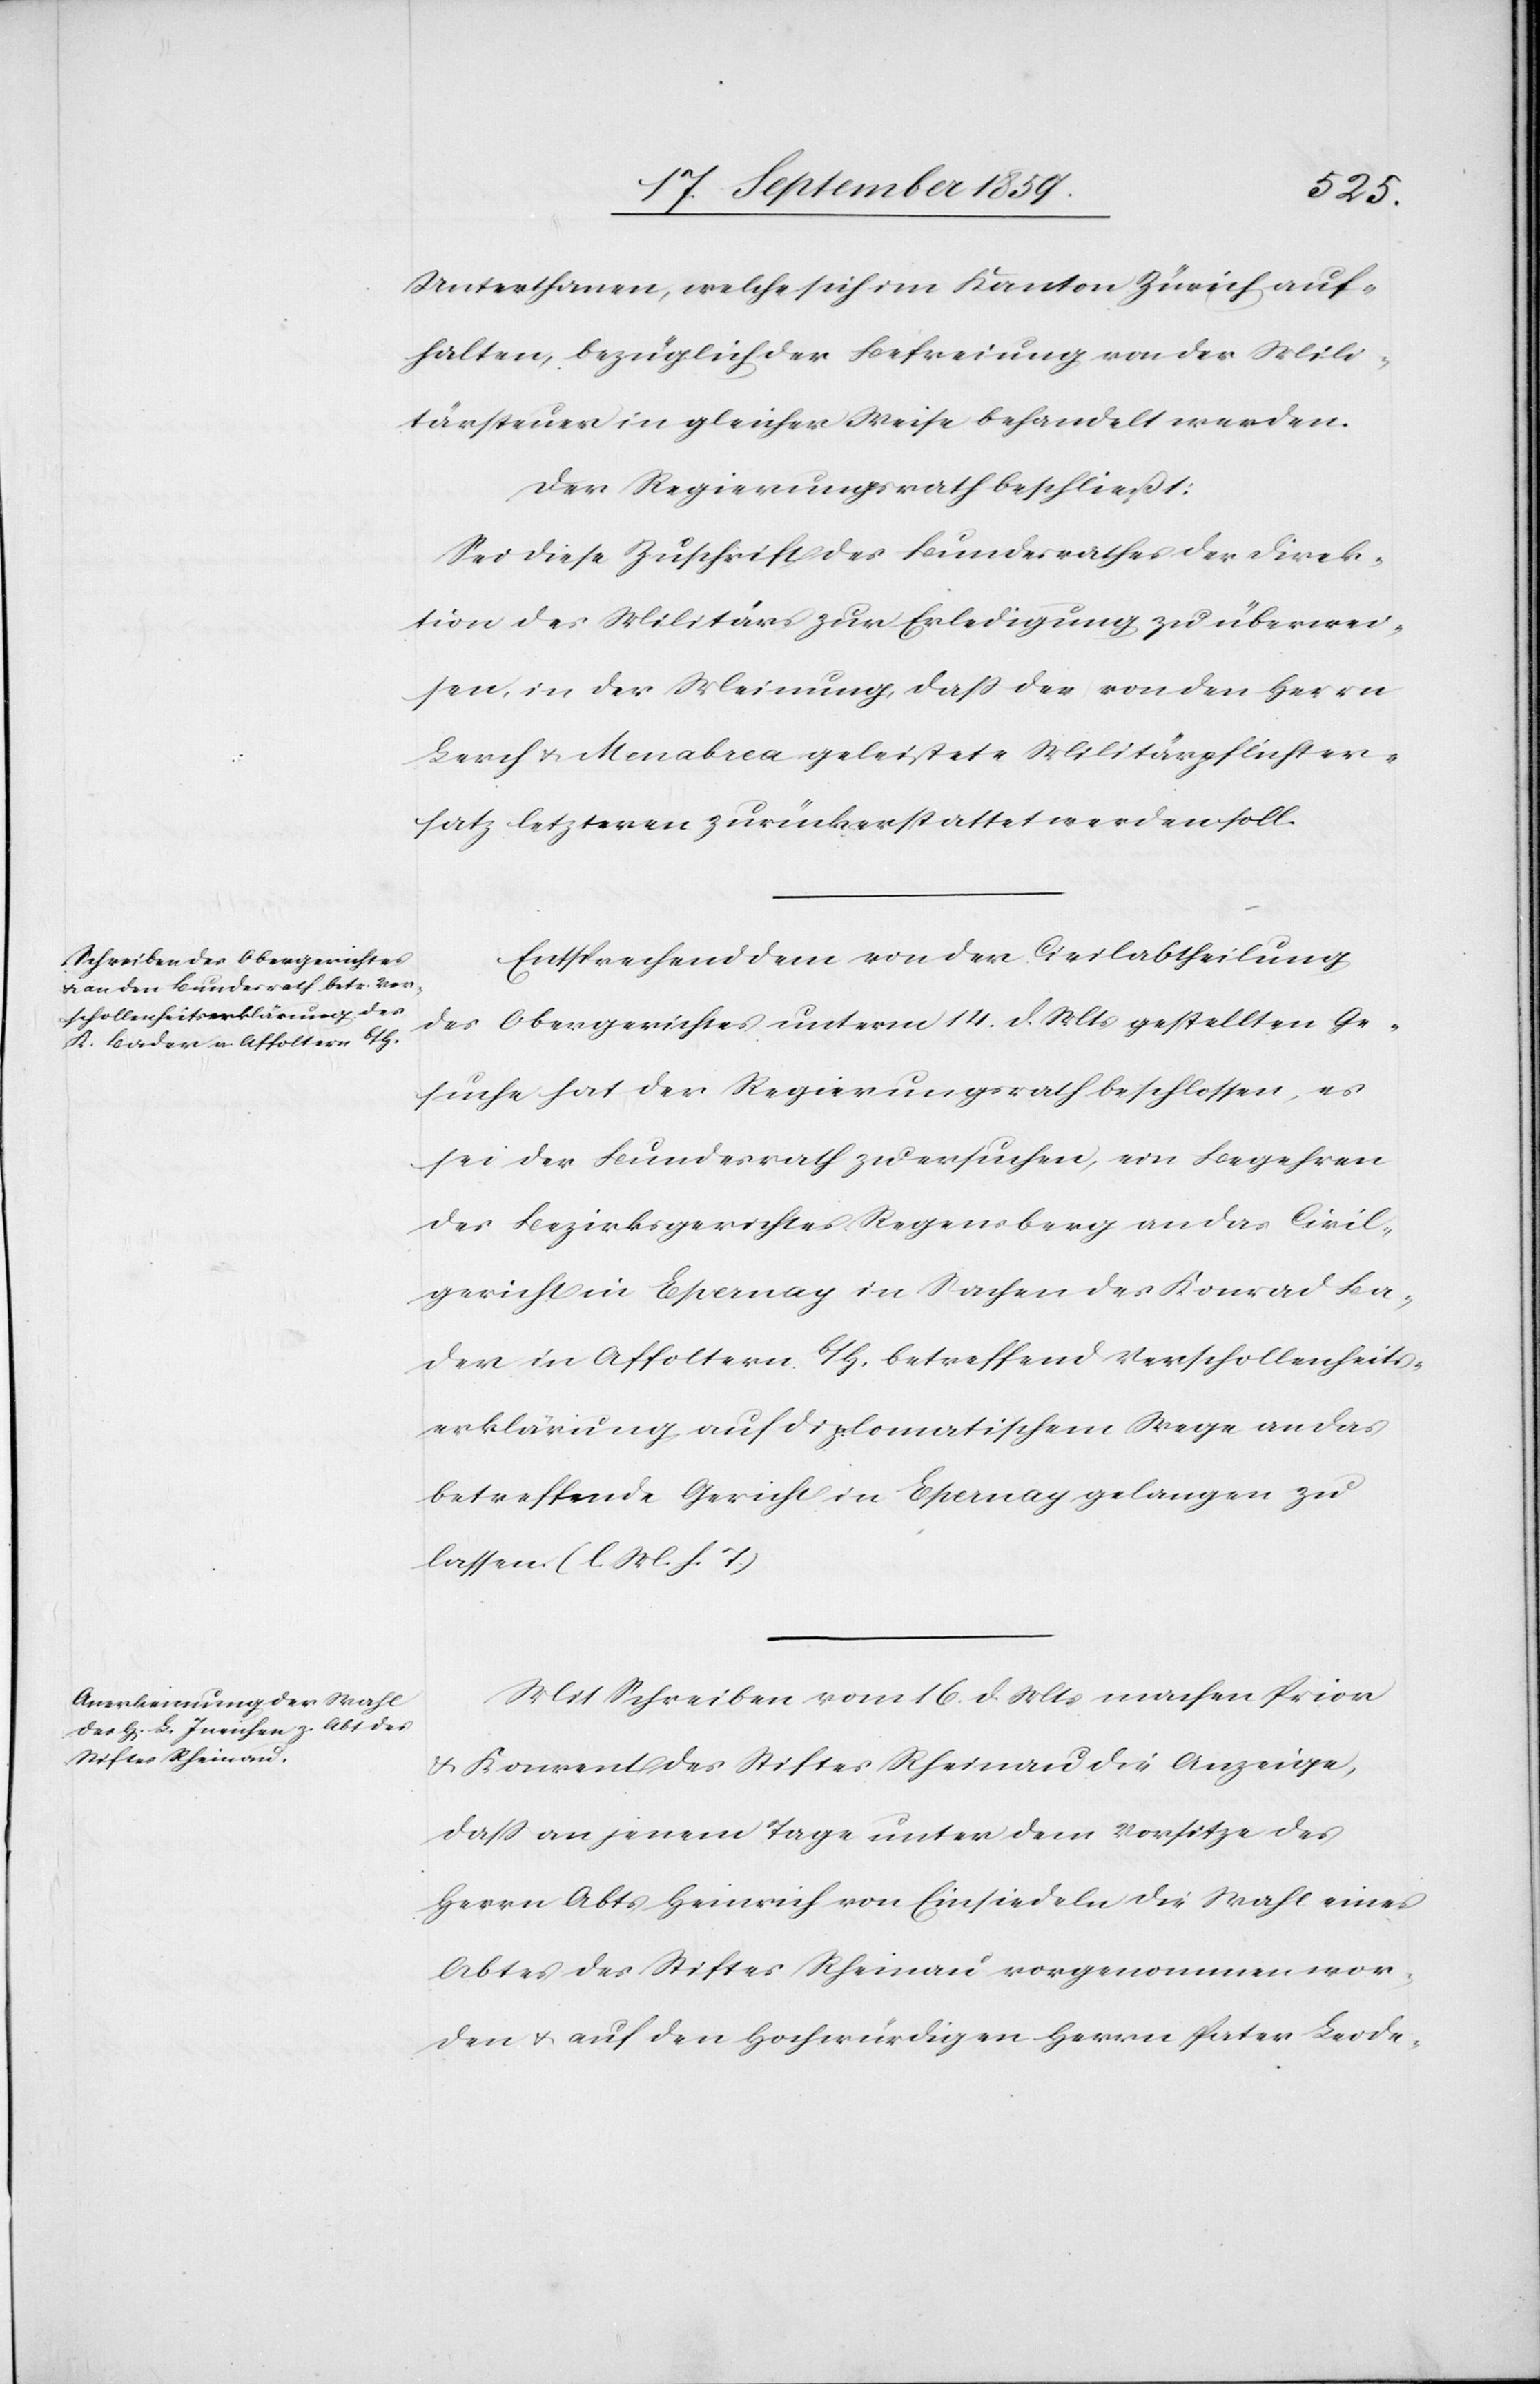
Unterthanen, welche sich im Kanton Zürich auf¬
halten, bezüglich der Befreiung von der Mili¬
tärstuer in gleicher Weise behandelt werden.
Der Regierungsrath beschließt:
Sei diese Zuschrift des Bundesrathes der Direk¬
tion des Militärs zur Erledigung zu überwei¬
sen, in der Meinung, daß der von den Herrn
Lerch & Menabrea geleistete Militärpflichter¬
satz letzteren zurückerstattet werden soll.
Entsprechend dem von der Civilabtheilung
des Obergerichtes unterm 14. d. Mts. gestellten Ge¬
suche hat der Regierungsrath beschlossen, es
sei der Bundesrath zu ersuchen, ein Begehren
des Bezirksgerichtes Regensberg an das Civil¬
gericht in Epernay in Sachen des Konrad Ba¬
der in Affoltern b/H. betreffend Verschollenheits¬
erklärung auf diplomatischem Wege an das
betreffende Gericht in Epernay gelangen zu
lassen. (l. M. h. T.)
Mit Schreiben vom 16. d. Mts. machen Prior
& Konvent des Stiftes Rheinau die Anzeige,
daß an jenem Tage unter dem Vorsitze des
Herren Abts Heinrich von Einsiedeln die Wahl eines
Abtes des Stiftes Rheinau vorgenommen wor¬
den & auf den Hochwürdigen Herrn Pater Leode-